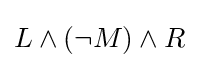
L\land (\lnot M)\land R